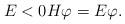
LaTeX: \begin{align*} E<0 H\varphi = E \varphi. \end{align*}